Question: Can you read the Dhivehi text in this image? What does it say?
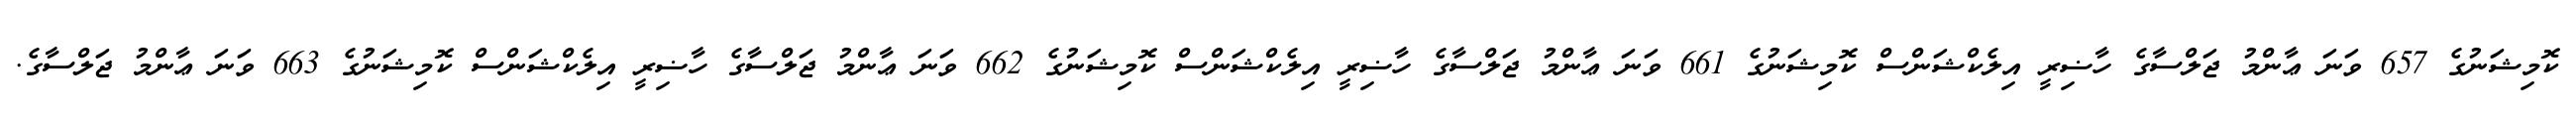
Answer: ކޮމިޝަނުގެ 657 ވަނަ ޢާންމު ޖަލްސާގެ ހާޟިރީ އިލެކްޝަންސް ކޮމިޝަނުގެ 661 ވަނަ ޢާންމު ޖަލްސާގެ ހާޟިރީ އިލެކްޝަންސް ކޮމިޝަނުގެ 662 ވަނަ ޢާންމު ޖަލްސާގެ ހާޟިރީ އިލެކްޝަންސް ކޮމިޝަނުގެ 663 ވަނަ ޢާންމު ޖަލްސާގެ.